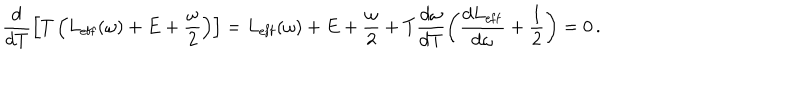
\frac { d } { d T } \left[ T \left( L _ { \mathrm { e f f } } ( \omega ) + E + \frac { \omega } { 2 } \right) \right] = L _ { \mathrm { e f f } } ( \omega ) + E + \frac { \omega } { 2 } + T \frac { d \omega } { d T } \left( \frac { d L _ { \mathrm { e f f } } } { d \omega } + \frac { 1 } { 2 } \right) = 0 \, .